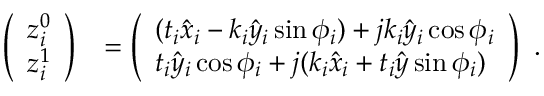
\begin{array} { r l } { \left( \begin{array} { l } { z _ { i } ^ { 0 } } \\ { z _ { i } ^ { 1 } } \end{array} \right) } & { = \left( \begin{array} { l } { ( t _ { i } \hat { x } _ { i } - k _ { i } \hat { y } _ { i } \sin \phi _ { i } ) + j k _ { i } \hat { y } _ { i } \cos \phi _ { i } } \\ { t _ { i } \hat { y } _ { i } \cos \phi _ { i } + j ( k _ { i } \hat { x } _ { i } + t _ { i } \hat { y } \sin \phi _ { i } ) } \end{array} \right) } \end{array} .